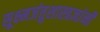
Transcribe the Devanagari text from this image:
सूक्ष्मजंतुशास्त्रज्ञांनी